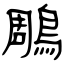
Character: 鵰